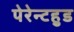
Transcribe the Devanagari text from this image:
पेरेन्टहुड